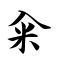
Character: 籴